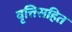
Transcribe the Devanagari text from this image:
वृत्तिसहित